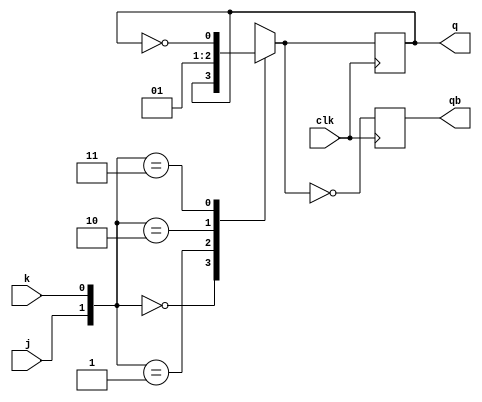
module vinay_jk(j, k, clk, q, qb);
 input j, k, clk;
 output reg q, qb;
 initial
 begin
 q=1'b0;
 qb=1'b1;
 end
 
 always@(posedge clk)
  begin
 case({j,k})
2'd0:q=q;
2'd1:q=1'b0;
2'd2:q=1'b1;
2'd3:q=~q;
 endcase
qb=~q;
 end
 
 endmodule